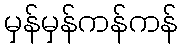
မှန်မှန်ကန်ကန်